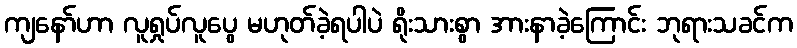
ကျနော်ဟာ လူရှုပ်လူပွေ မဟုတ်ခဲ့ရပါပဲ ရိုးသားစွာ အားနာခဲ့ကြောင်း ဘုရားသခင်က